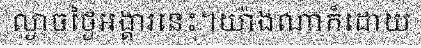
ល្ងាចថ្ងៃអង្គារនេះ។យ៉ាងណាក៏ដោយ